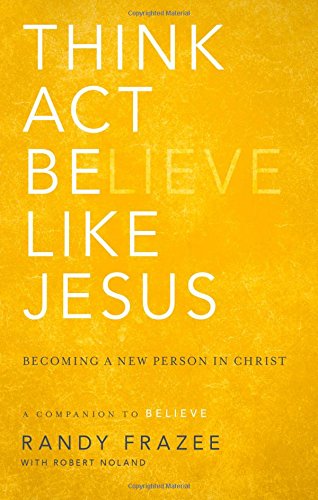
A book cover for Think, Act, Be Like Jesus: Becoming a New Person in Christ; Randy Frazee; Christian Books & Bibles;